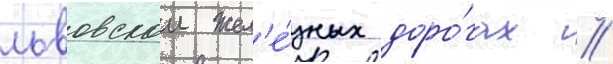
львовскои жел'е́зных доро́гах //